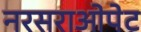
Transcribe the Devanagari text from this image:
नरसराओपेट